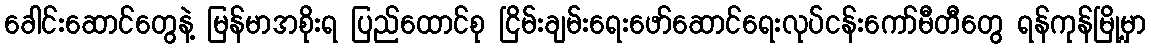
ခေါင်းဆောင်တွေနဲ့ မြန်မာအစိုးရ ပြည်ထောင်စု ငြိမ်းချမ်းရေးဖော်ဆောင်ရေးလုပ်ငန်းကော်မီတီတွေ ရန်ကုန်မြို့မှာ